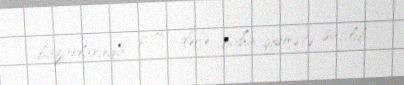
bazarlarında 2,75 dəfə baha qiymətə satılıb.